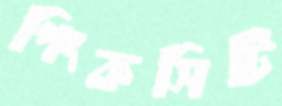
পিংকসিটি